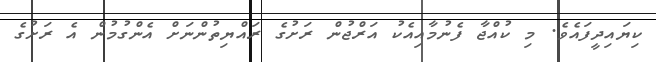
ކިޔައިދީފައެވެ. މި ކުއްޖާ ފެނުމާއިއެކު އަރްޖުން ރަށުގެ ރައްޔިތުންނަށް އެންގުމުން އެ ރަށުގެ